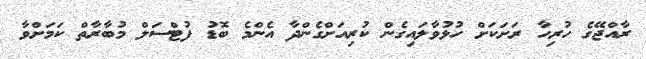
ރާއްޖޭގެ ހުރިހާ ރަށަކަށް ހުޅުވާލައިގެން ކުރިއަށްގެންދާ އެންމެ ބޮޑު ފުޓްސަލް މުބާރާތް ކަމަށްވާ